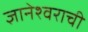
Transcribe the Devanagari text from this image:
ज्ञानेश्वराची